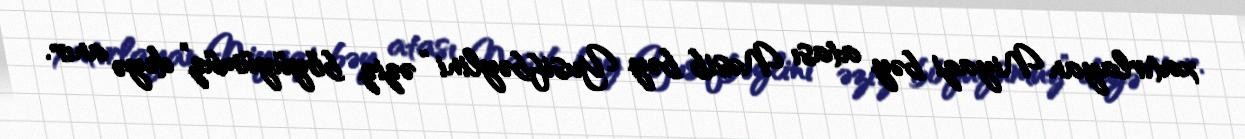
xatırlayan Niyazi bəy atası Nəsib bəy Yusifbəylini “əziz böyüyümüz” deyə anır.